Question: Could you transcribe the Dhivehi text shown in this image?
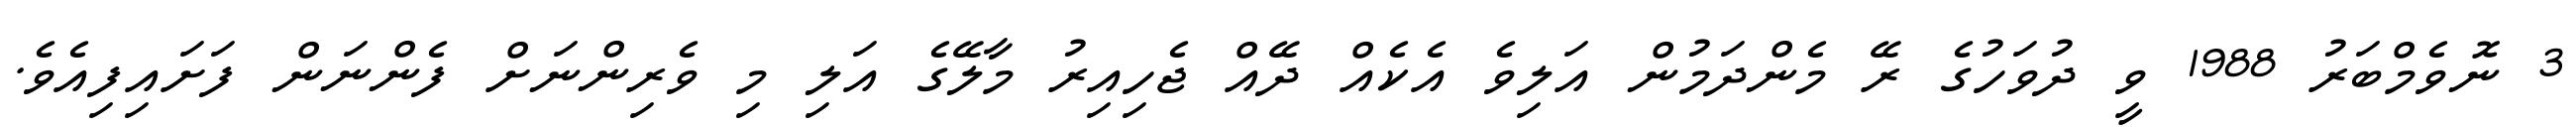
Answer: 3 ނޮވެމްބަރު 1988 ވީ ދުވަހުގެ ރޭ މެންދަމުން އަލިވެ އެކެއް ދޭއް ޖެހިއިރު މާލޭގެ އަލި މި ވެރިންނަށް ފެންނަން ފަށައިފިއެވެ.